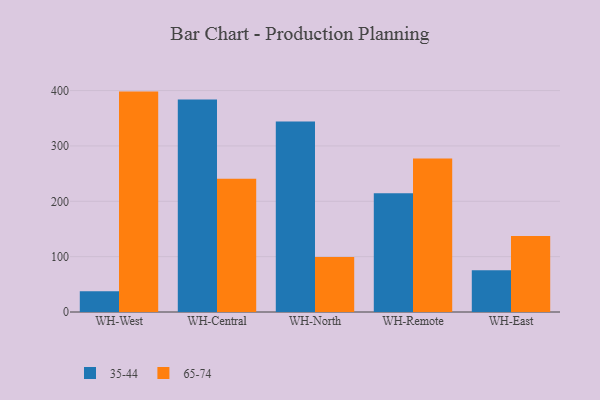
{"axis": {"x": "Warehouse", "y": "Tickets Resolved"}, "legend": ["35-44", "65-74"], "data": [{"x": "WH-West", "y": 37.7, "type": "35-44"}, {"x": "WH-West", "y": 398.2, "type": "65-74"}, {"x": "WH-Central", "y": 383.8, "type": "35-44"}, {"x": "WH-Central", "y": 240.8, "type": "65-74"}, {"x": "WH-North", "y": 344.3, "type": "35-44"}, {"x": "WH-North", "y": 99.4, "type": "65-74"}, {"x": "WH-Remote", "y": 214.5, "type": "35-44"}, {"x": "WH-Remote", "y": 277.2, "type": "65-74"}, {"x": "WH-East", "y": 75.6, "type": "35-44"}, {"x": "WH-East", "y": 137.4, "type": "65-74"}]}